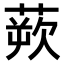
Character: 𫟔